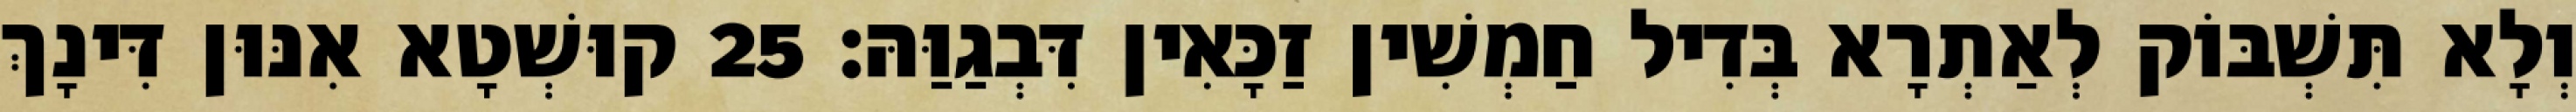
וְלָא תִּשְׁבּוֹק לְאַתְרָא בְּדִיל חַמְשִׁין זַכָּאִין דִּבְגַוַּהּ׃ 25 קוּשְׁטָא אִנּוּן דִּינָךְ